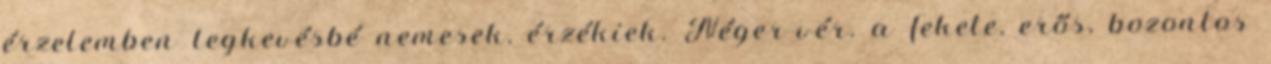
érzelemben legkevésbé nemesek, érzékiek. Néger-vér. a fekete, erős, bozontos